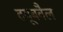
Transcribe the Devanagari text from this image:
टयूबवैल